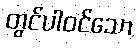
တွင်ပါဝင်သော